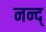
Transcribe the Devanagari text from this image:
नन्द्